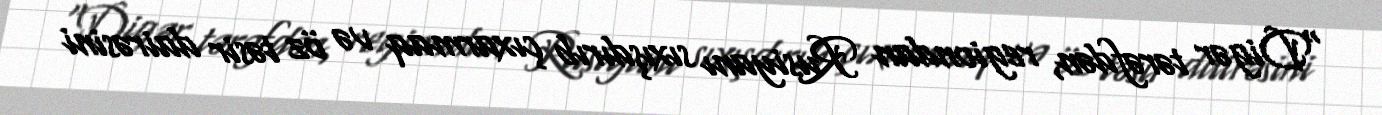
“Digər tərəfdən, regiondan Rusiyanı sıxışdırıb çıxarmaq və öz təsir dairəsini